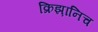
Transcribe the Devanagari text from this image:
क्रिझ़ानिच